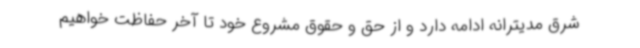
شرق مدیترانه ادامه دارد و از حق و حقوق مشروع خود تا آخر حفاظت خواهیم